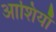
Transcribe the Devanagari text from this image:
आशियाँ